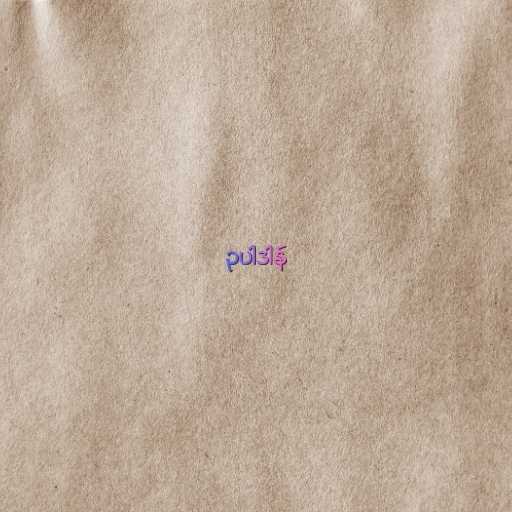
ဥပါဒါန်